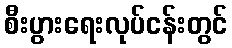
စီးပွားရေးလုပ်ငန်းတွင်